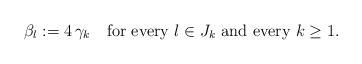
LaTeX: \begin{align*}\beta _{l}:=4\,\gamma_k\quad\textrm{for every}\ l\in J_k\textrm{ and every } k\ge 1.\end{align*}